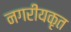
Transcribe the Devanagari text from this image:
नगरीयकृत